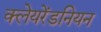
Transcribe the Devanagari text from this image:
क्लेयरेंडनियन